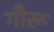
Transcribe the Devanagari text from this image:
गौरू